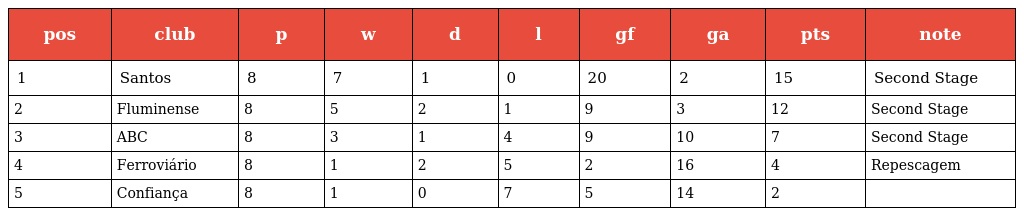
| pos | club | p | w | d | l | gf | ga | pts | note |
 | --- | --- | --- | --- | --- | --- | --- | --- | --- | --- |
 | 1 | Santos | 8 | 7 | 1 | 0 | 20 | 2 | 15 | Second Stage |
 | 2 | Fluminense | 8 | 5 | 2 | 1 | 9 | 3 | 12 | Second Stage |
 | 3 | ABC | 8 | 3 | 1 | 4 | 9 | 10 | 7 | Second Stage |
 | 4 | Ferroviário | 8 | 1 | 2 | 5 | 2 | 16 | 4 | Repescagem |
 | 5 | Confiança | 8 | 1 | 0 | 7 | 5 | 14 | 2 |  |